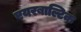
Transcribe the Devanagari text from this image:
एयरबाल्टिक